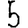
Digit: 5